Scottish Leaving Certificate Examination, 1955
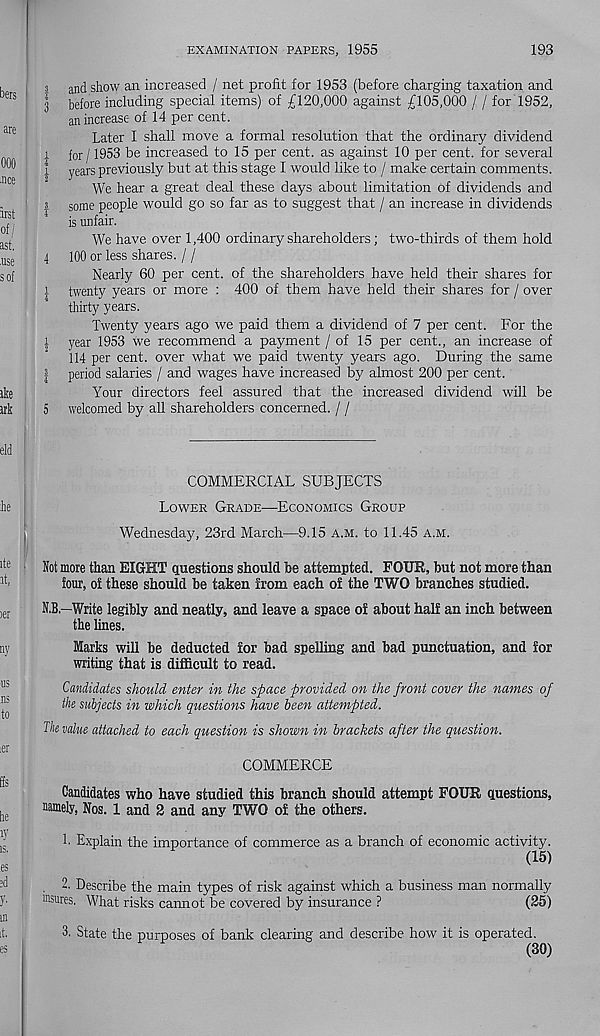
EXAMINATION PAPERS, 1955
193
a an( j show an increased / net profit for 1953 (before charging taxation and
3 before including special items) of £120,000 against £105,000 / / for 1952,
an increase of 14 per cent.
Later I shall move a formal resolution that the ordinary dividend
x for /1953 be increased to 15 per cent, as against 10 per cent, for several
i years previously but at this stage I would like to / make certain comments.
We hear a great deal these days about limitation of dividends and
a some people would go so far as to suggest that / an increase in dividends
is unfair.
We have over 1,400 ordinary shareholders; two-thirds of them hold
4 100 or less shares. / /
Nearly 60 per cent, of the shareholders have held their shares for
^ twenty years or more : 400 of them have held their shares for / over
thirty years.
Twenty years ago we paid them a dividend of 7 per cent. For the
1 year 1953 we recommend a payment / of 15 per cent., an increase of
114 per cent, over what we paid twenty years ago. During the same
| period salaries / and wages have increased by almost 200 per cent.
Your directors feel assured that the increased dividend will be
5 welcomed by all shareholders concerned. / /
COMMERCIAL SUBJECTS
Lower Grade—Economics Group
Wednesday, 23rd March—9.15 a.m. to 11.45 a.m.
than EIGHT questions should be attempted. FOUR, but not more than
four, of these should be taken from each of the TWO branches studied.
N.B.—Write legibly and neatly, and leave a space of about half an inch between
the lines.
larks will be deducted for bad spelling and bad punctuation, and for
writing that is difficult to read.
Candidates should enter in the space provided on the front cover the names of
the subjects in which questions have been attempted.
The value attached to each question is shown in brackets after the question.
COMMERCE
Candidates who have studied this branch should attempt FOUR questions,
Mmely, Nos. 1 and 2 and any TWO of the others.
h Explain the importance of commerce as a branch of economic activity.
(15)
2. Describe the main types of risk against which a business man normally
msures. What risks cannot be covered by insurance ?
(25)
3. State the purposes of bank clearing and describe how it is operated.
(30)
more